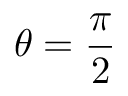
\theta = \frac { \pi } { 2 }